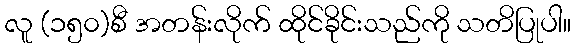
လူ (၁၅၀)စီ အတန်းလိုက် ထိုင်ခိုင်းသည်ကို သတိပြုပါ။